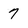
Character: 7